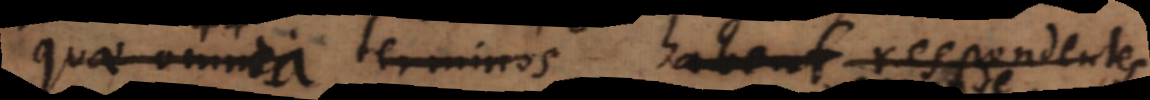
quae omnes terminos habent respondentes